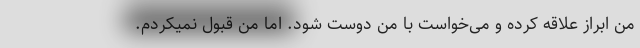
من ابراز علاقه کرده و می‌خواست با من دوست شود. اما من قبول نمیکردم.